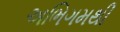
અભિગમથી